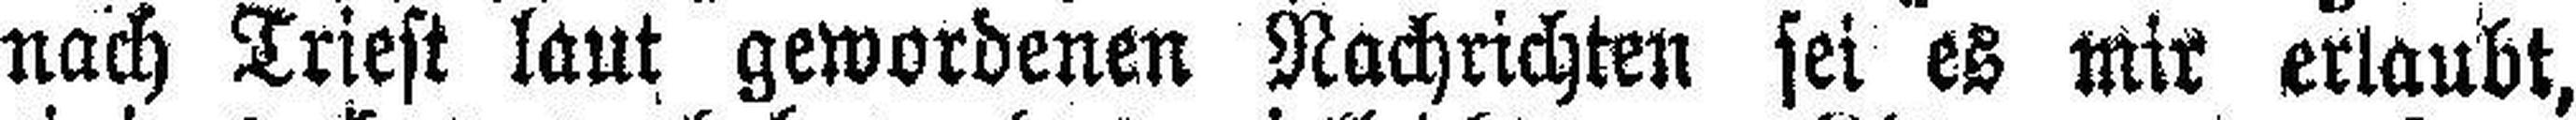
nach Triest laut gewordenen Nachrichten sei es mir erlaubt,